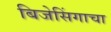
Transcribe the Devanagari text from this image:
बिजेसिंगाचा